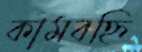
কামবহ্নি